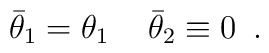
\bar \theta _1 = \theta _1 \,\,\,\,\,\,\, \bar \theta _2\equiv 0 \,\,\, .